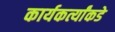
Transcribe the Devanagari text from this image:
कार्यकर्त्यांकडे